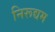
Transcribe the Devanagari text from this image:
निरूद्यम